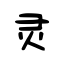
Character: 灵